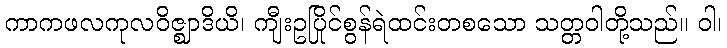
ကာကဖလကုလဝိဇ္ဈာဒိယိ၊ ကျီးဥပြိုင်စွန်ရဲထင်းတစသော သတ္တဝါတို့သည်။ ဝါ၊